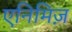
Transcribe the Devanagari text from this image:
एनिमिज़